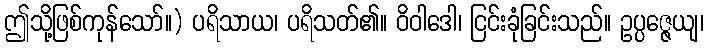
ဤသို့ဖြစ်ကုန်သော်။) ပရိသာယ၊ ပရိသတ်၏။ ဝိဝါဒေါ၊ ငြင်းခုံခြင်းသည်။ ဥပ္ပဇ္ဇေယျ၊